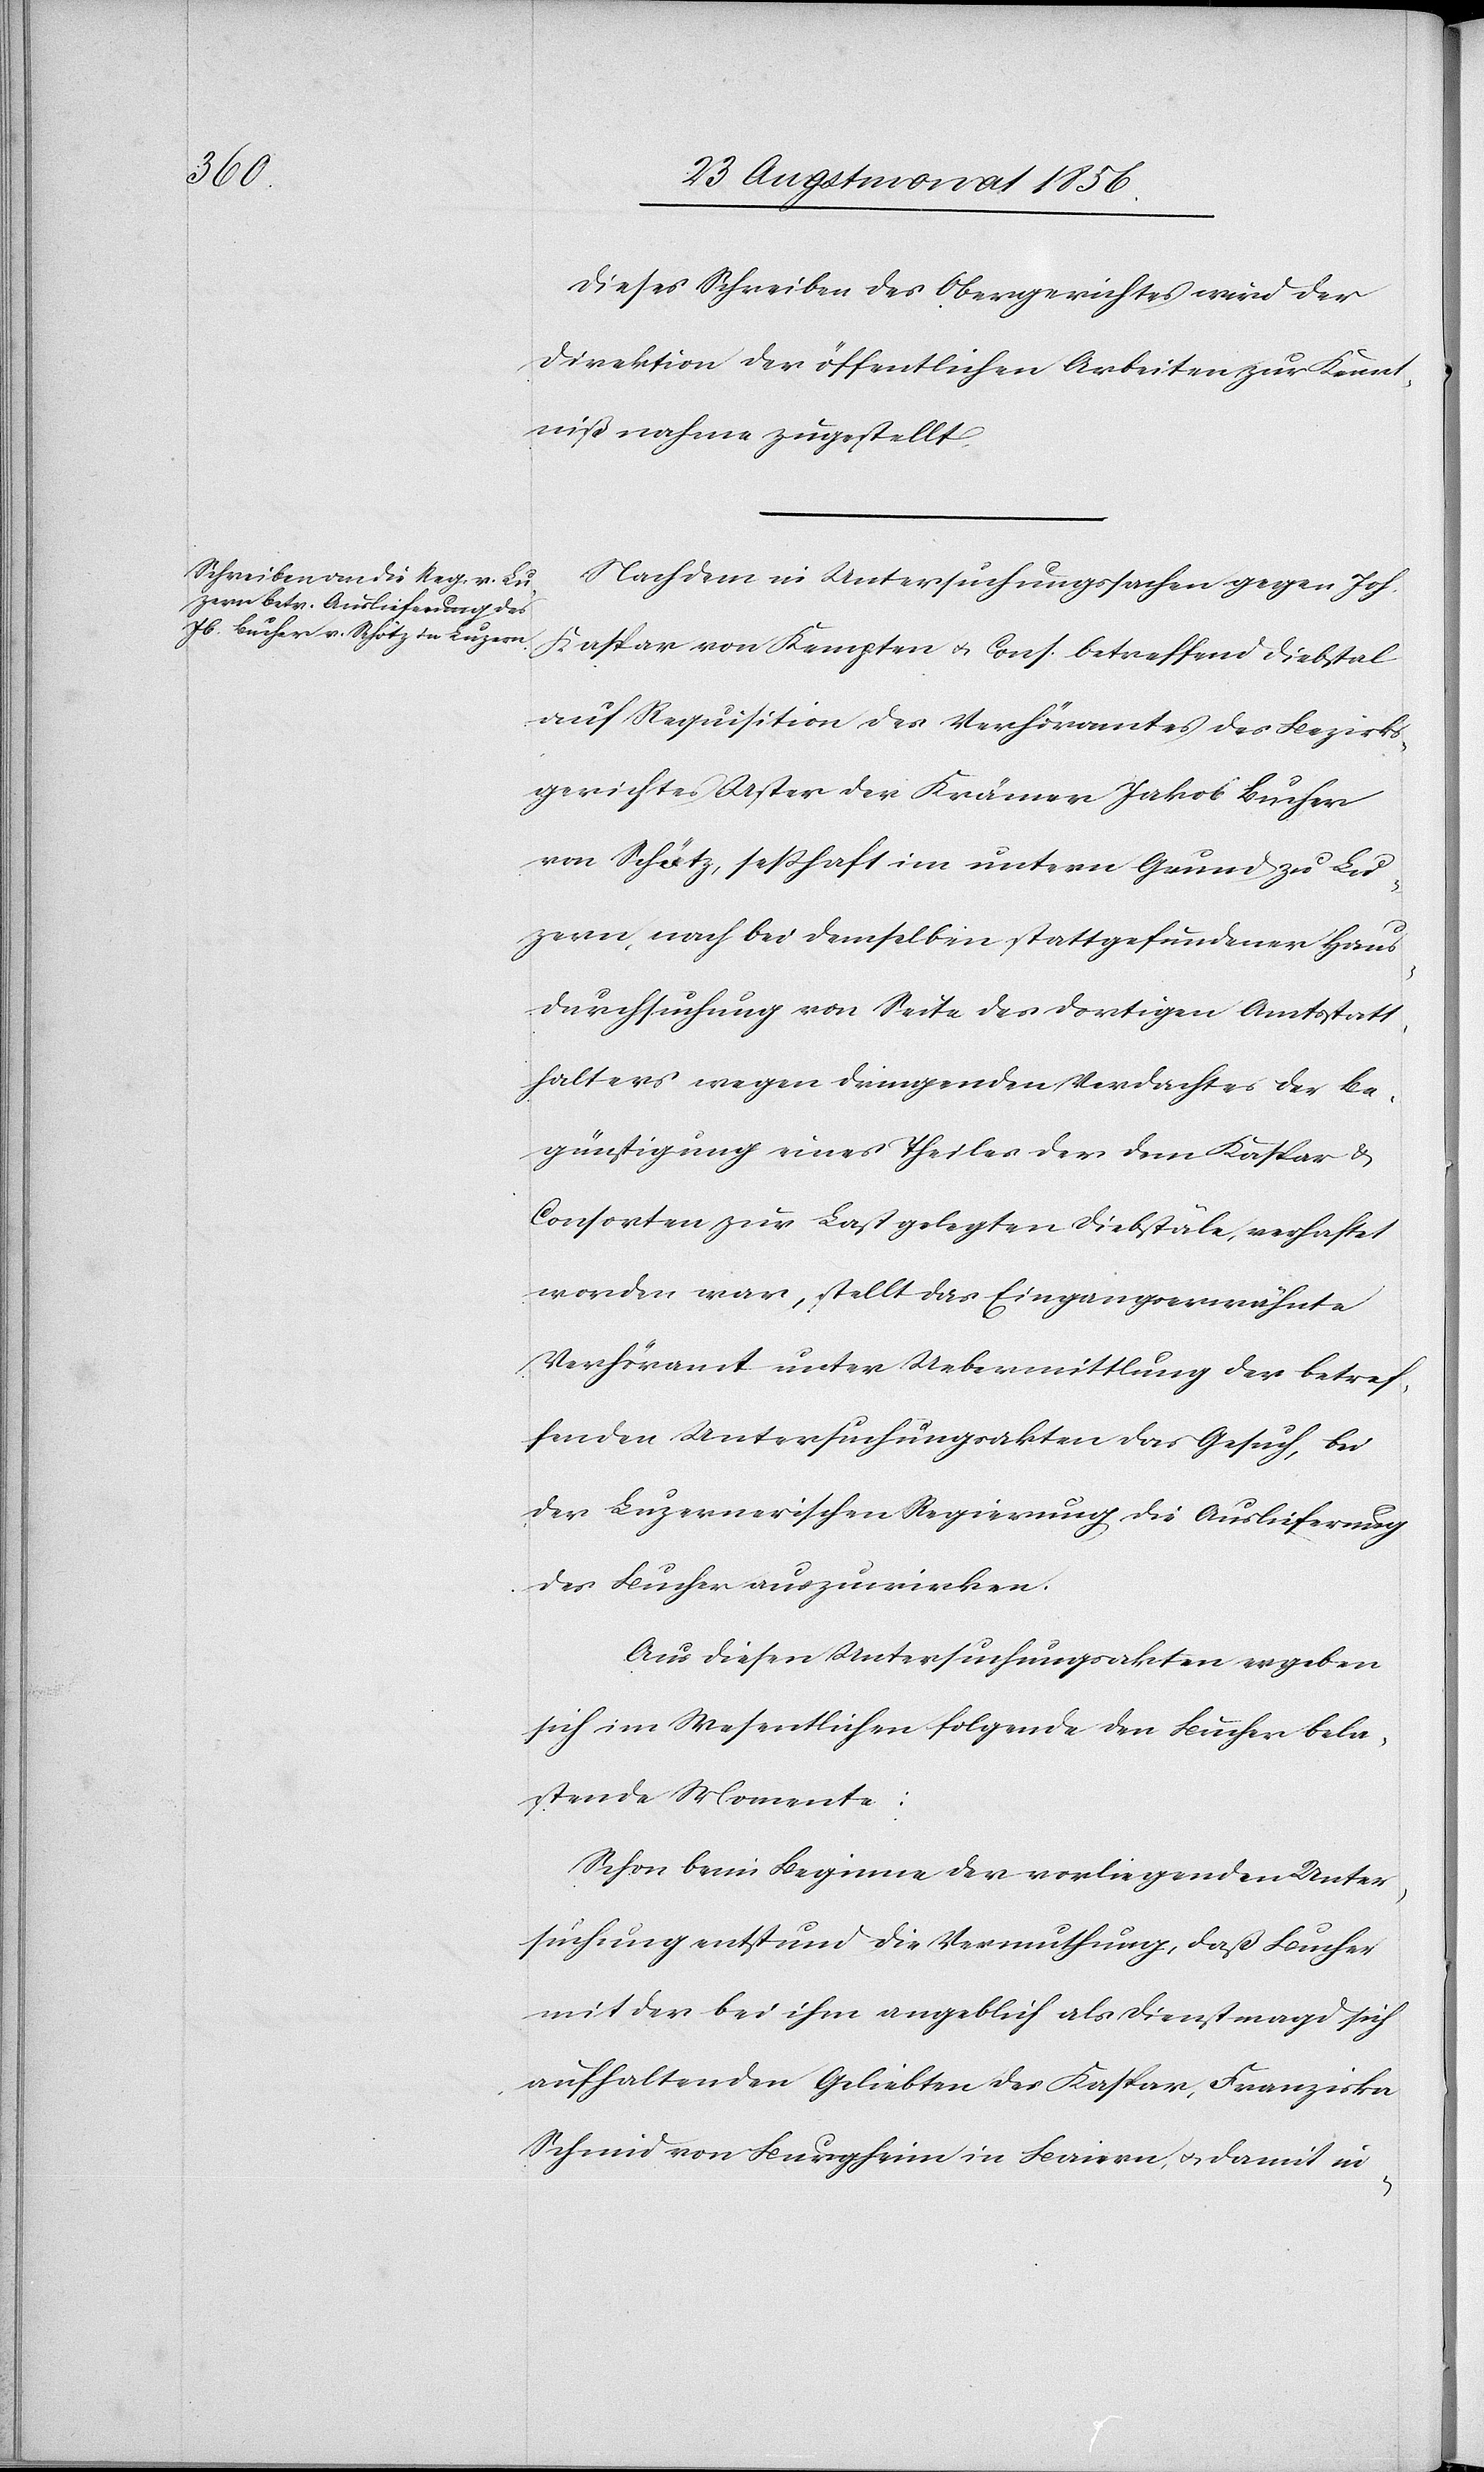
Dieses Schreiben des Obergerichtes wird der
Direktion der öffentlichen Arbeiten zur Kennt¬
nißnahme zugestellt.
Nachdem in Untersuchungssachen gegen Joh.
Kaspar von Kempten u. Cons. betreffend Diebstal
auf Requisition des Verhöramtes des Bezirks¬
gerichtes Uster der Krämer Jakob Bucher
von Schötz, sesshaft im untern Grund zu Lu¬
zern, nach bei demselben stattgefundener Haus¬
durchsuchung von Seite des dortigen Amtsstatt¬
halters wegen dringenden Verdachtes der Be¬
günstigung eines Theiles der dem Kaspar &
Consorten zur Last gelegten Diebstäle, verhaftet
worden war, stellt das Eingangserwähnte
Verhöramt unter Uebermittlung der betref¬
fenden Untersuchungsakten das Gesuch, bei
der Luzernerischen Regierung die Auslieferung
des Bucher auszuwirken.
Aus diesen Untersuchungsakten ergeben
sich im Wesentlichen folgende den Bucher bela¬
stende Momente:
Schon beim Beginne der vorliegenden Unter¬
suchung entstund die Vermuthung, daß Bucher
mit der bei ihm angeblich als Dienstmagd sich
aufhaltenden Geliebten des Kaspar, Franziska
Schmid von Burgheim in Baiern, u. damit in-